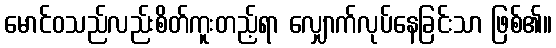
မောင်ဝသည်လည်းစိတ်ကူးတည့်ရာ လျှောက်လုပ်နေခြင်းသာ ဖြစ်၏။